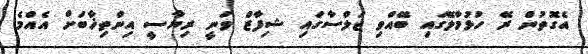
އެގޮތުން ރޭ ހުޅުމާލޭގައި ބޭއްވި ޖަލްސާގައި ޝިފާޒް ވަނީ ރިޔާސީ އިންތިޚާބަށް އެއްމެ